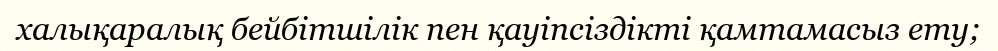
халықаралық бейбітшілік пен қауіпсіздікті қамтамасыз ету;